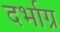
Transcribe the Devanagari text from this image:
दर्भाग्र